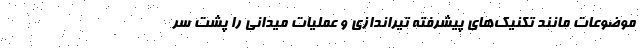
موضوعات مانند تکنیک‌های پیشرفته تیراندازی و عملیات میدانی را پشت سر